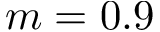
m = 0 . 9